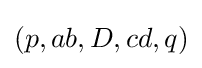
(p,ab,D,cd,q)